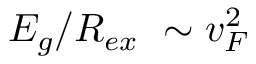
E _ { g } / R _ { e x } ~ \sim v _ { F } ^ { 2 }